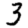
Digit: 3